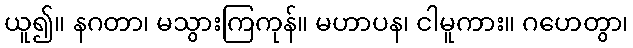
ယူ၍။ နဂတာ၊ မသွားကြကုန်။ မဟာပန၊ ငါမူကား။ ဂဟေတွာ၊